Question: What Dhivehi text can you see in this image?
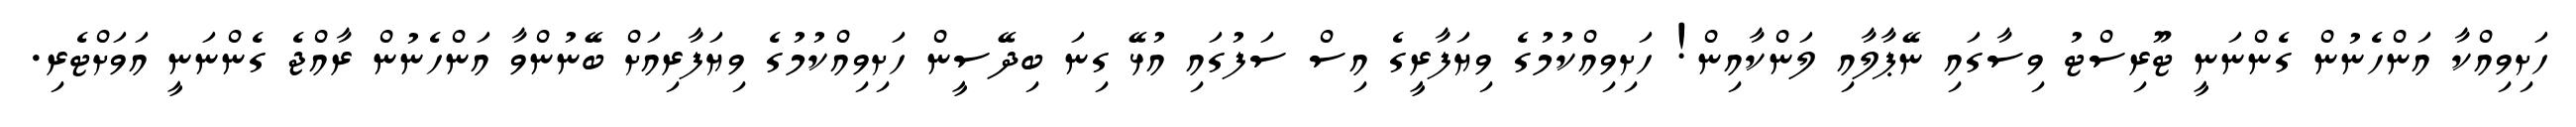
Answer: ހަށިވިއްކާ އަންހެނުން ގެންނަނީ ޓޫރިސްޓު ވިސާގައި ނޭޕާލާއި ލަންކާއިން! ހަށިވިއްކުމުގެ ވިޔަފާރީގެ އިސް ސަފުގައި އުޅޭ ގިނަ ބިދޭސީން ހަށިވިއްކުމުގެ ވިޔަފާރިއަށް ބޭނުންވާ އަންހެނުން ރާއްޖެ ގެންނަނީ އަވަށްޓެރި.